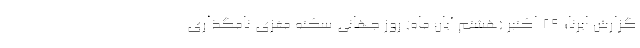
گزارش ایرنا؛ ۲۹ اکتبر (هشتم آبان ماه) روز جهانی سکته مغزی نامگذاری